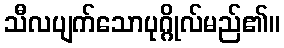
သီလပျက်သောပုဂ္ဂိုလ်မည်၏။